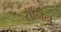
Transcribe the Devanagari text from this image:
रॉनिन